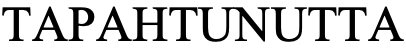
TAPAHTUNUTTA